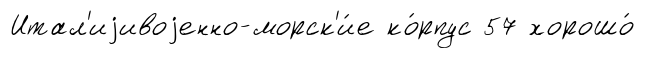
Итал'иjивоjенно-морск'и́е ко́рпус 57 хорошо́